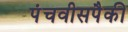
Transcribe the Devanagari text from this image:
पंचवीसपैकी